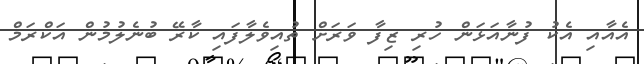
އެއާއި އެކު ފުނާއަޅަން ހުރި ޒިފާ ވަރަށް ތުއިވެލާފައި ކާރޭ ބުނެލުމުން އަކްރަމް